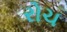
રોચ